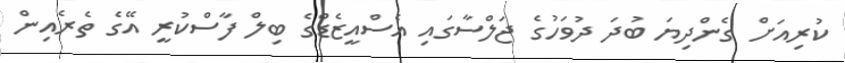
ކުރިއަށް ގެންދިޔަ ބުދަ ދުވަހުގެ ޖަލްސާގައި އެސްއީޒެޑްގެ ބިލް ފާސްކުރީ އޭގެ ތެރެއިން